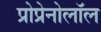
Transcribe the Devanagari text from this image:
प्रोप्रेनोलॉल